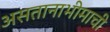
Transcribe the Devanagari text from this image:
असतानाभीमाची